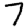
Digit: 7